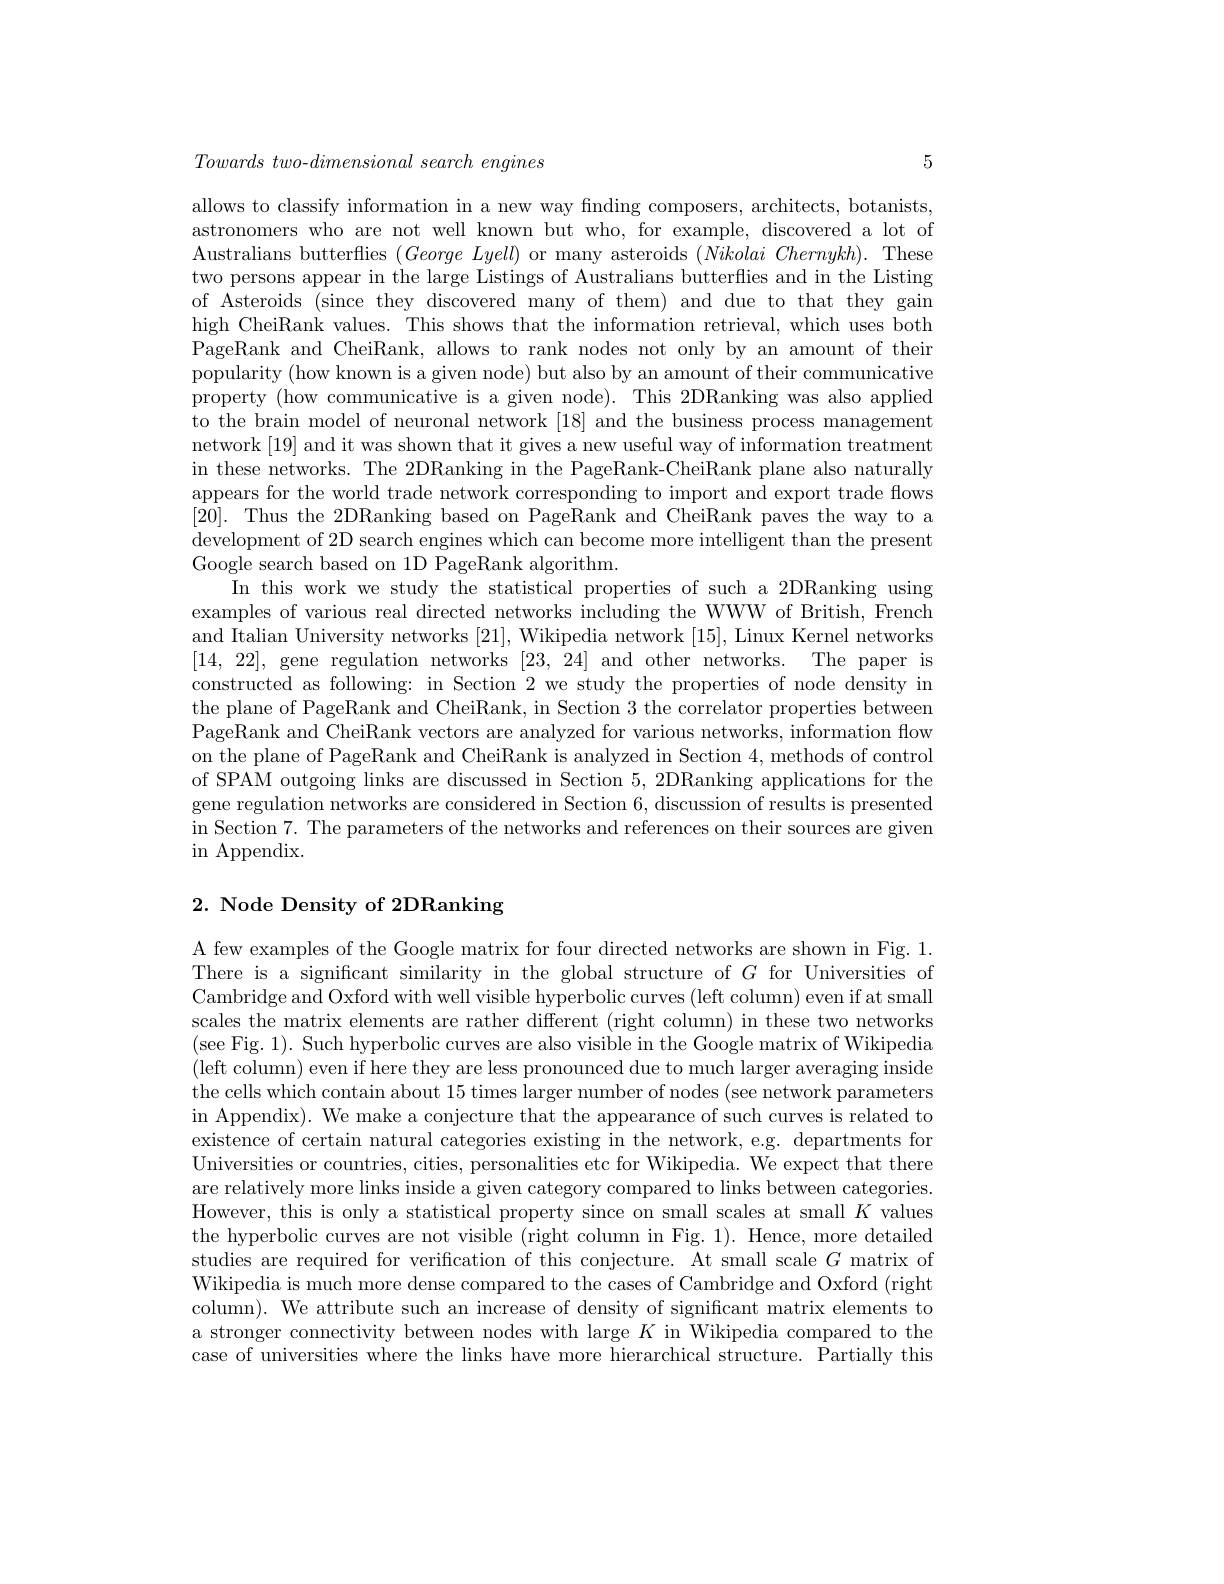
$Towards\textit{ two- }dimensional\textit{ search engines}$

5

allows to classify information in a new way finding composers, architects, botanists, astronomers who are not well known but who, for example, discovered a lot of Australians butterflies $( George\textit{ Lyell) or many asteroids }( Nikolai\textit{ Chernykh}) .$ These two persons appear in the large Listings of Australians butterflies and in the Listing of Asteroids (since they discovered many of them) and due to that they gain high CheiRank values. This shows that the information retrieval, which uses both PageRank and CheiRank, allows to rank nodes not only by an amount of their popularity (how known is a given node) but also by an amount of their communicative property (how communicative is a given node). This 2DRanking was also applied to the brain model of neuronal network [18] and the business process management network [19] and it was shown that it gives a new useful way of information treatment in these networks. The 2DRanking in the PageRank-CheiRank plane also naturally appears for the world trade network corresponding to import and export trade flows [20]. Thus the 2DRanking based on PageRank and CheiRank paves the way to a development of 2D search engines which can become more intelligent than the present Google search based on 1D PageRank algorithm.
In this work we study the statistical properties of such a 2DRanking using examples of various real directed networks including the WWW of British, French and Italian University networks [21], Wikipedia network [15], Linux Kernel networks [14,22], gene regulation networks [23,24] and other networks. The paper is constructed as following: in Section 2 we study the properties of node density in the plane of PageRank and CheiRank, in Section 3 the correlator properties between PageRank and CheiRank vectors are analyzed for various networks, information flow on the plane of PageRank and CheiRank is analyzed in Section 4, methods of control of SPAM outgoing links are discussed in Section 5, 2DRanking applications for the gene regulation networks are considered in Section 6, discussion of results is presented in Section 7. The parameters of the networks and references on their sources are given $\operatorname{in}$ Appendix.

## 2. Node Density of 2DRanking

A few examples of the Google matrix for four directed networks are shown in Fig. 1. There is a significant similarity in the global structure of $G$ for Universities of Cambridge and Oxford with well visible hyperbolic curves (left column) even if at small scales the matrix elements are rather different (right column) in these two networks (see Fig. 1). Such hyperbolic curves are also visible in the Google matrix of Wikipedia (left column) even if here they are less pronounced due to much larger averaging inside the cells which contain about 15 times larger number of nodes (see network parameters in Appendix). We make a conjecture that the appearance of such curves is related to existence of certain natural categories existing in the network, e.g. departments for Universities or countries, cities, personalities etc for Wikipedia. We expect that there are relatively more links inside a given category compared to links between categories. However, this is only a statistical property since on small scales at small $K$ values the hyperbolic curves are not visible (right column in Fig. 1). Hence, more detailed studies are required for verification of this conjecture. At small scale $G$ matrix of Wikipedia is much more dense compared to the cases of Cambridge and Oxford (right column). We attribute such an increase of density of significant matrix elements to a stronger connectivity between nodes with large $K$ in Wikipedia compared to the case of universities where the links have more hierarchical structure. Partially this